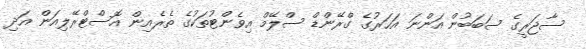
ސާޖަރީގެ ސަބަބުން އަންނަ އަހަރުގެ ގްރޭންޑް ސްލޭމް އިވެންޓުތަކުގެ ތެރެއިން އޮސްޓްރޭލިއަން އަދި